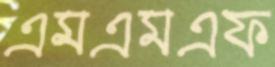
এমএমএফ